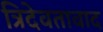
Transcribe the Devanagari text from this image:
त्रिदेवतावाद